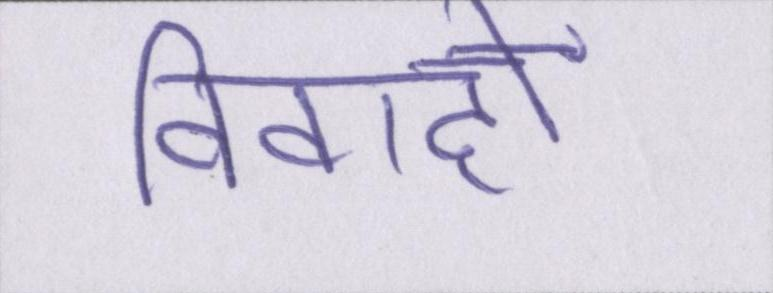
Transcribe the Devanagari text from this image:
विवाहों